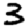
Digit: 3